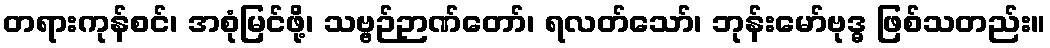
တရားကုန်စင်၊ အစုံမြင်ဖို့၊ သဗ္ဗဉ်ဉာဏ်တော်၊ ရလတ်သော်၊ ဘုန်းမော်ဗုဒ္ဓ ဖြစ်သတည်း။